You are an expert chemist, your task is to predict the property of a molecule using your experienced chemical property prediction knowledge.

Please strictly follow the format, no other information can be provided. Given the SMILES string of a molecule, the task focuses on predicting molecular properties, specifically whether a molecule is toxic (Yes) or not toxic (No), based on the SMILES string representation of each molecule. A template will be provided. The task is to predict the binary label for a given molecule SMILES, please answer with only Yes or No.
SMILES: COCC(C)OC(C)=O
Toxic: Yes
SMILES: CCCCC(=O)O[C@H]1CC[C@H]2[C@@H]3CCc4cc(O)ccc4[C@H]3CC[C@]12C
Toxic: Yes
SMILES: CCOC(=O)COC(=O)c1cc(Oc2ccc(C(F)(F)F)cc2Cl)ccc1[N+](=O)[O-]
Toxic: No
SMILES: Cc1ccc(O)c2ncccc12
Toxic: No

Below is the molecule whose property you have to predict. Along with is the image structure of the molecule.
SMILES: COP(=O)(OC)OC(Br)C(Cl)(Cl)Br
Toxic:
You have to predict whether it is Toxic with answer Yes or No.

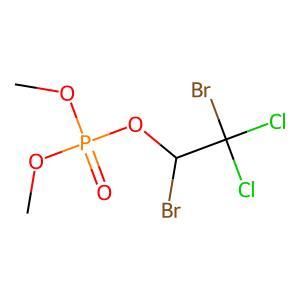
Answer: No